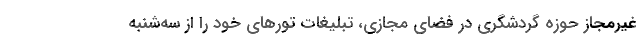
غیرمجاز حوزه گردشگری در فضای مجازی، تبلیغات تورهای خود را از سه‌شنبه